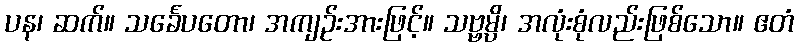
ပန၊ ဆက်။ သင်္ခေပတော၊ အကျဉ်းအားဖြင့်။ သဗ္ဗမ္ပိ၊ အလုံးစုံလည်းဖြစ်သော။ ဧတံ